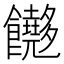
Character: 𬲢